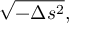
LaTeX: { \sqrt { - \Delta s ^ { 2 } } } ,